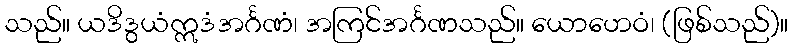
သည်။ ယဒိဒွယံဣဒံအင်္ဂဏံ၊ အကြင်အင်္ဂဏသည်။ ယောဟေဝံ၊ (ဖြစ်သည်)။